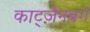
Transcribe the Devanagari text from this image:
काट्ज़ेनबर्ग